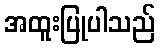
အထူးပြုပါသည်